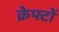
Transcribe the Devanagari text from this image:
क्रेफ्टों